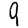
Digit: 9